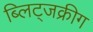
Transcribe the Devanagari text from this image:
ब्लिट्जक्रीग